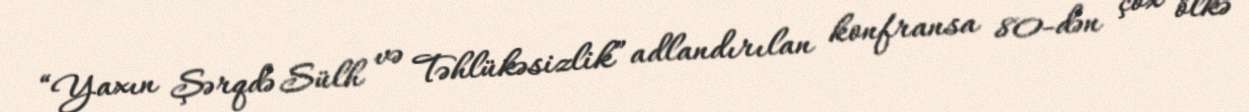
“Yaxın Şərqdə Sülh və Təhlükəsizlik” adlandırılan konfransa 80-dən çox ölkə